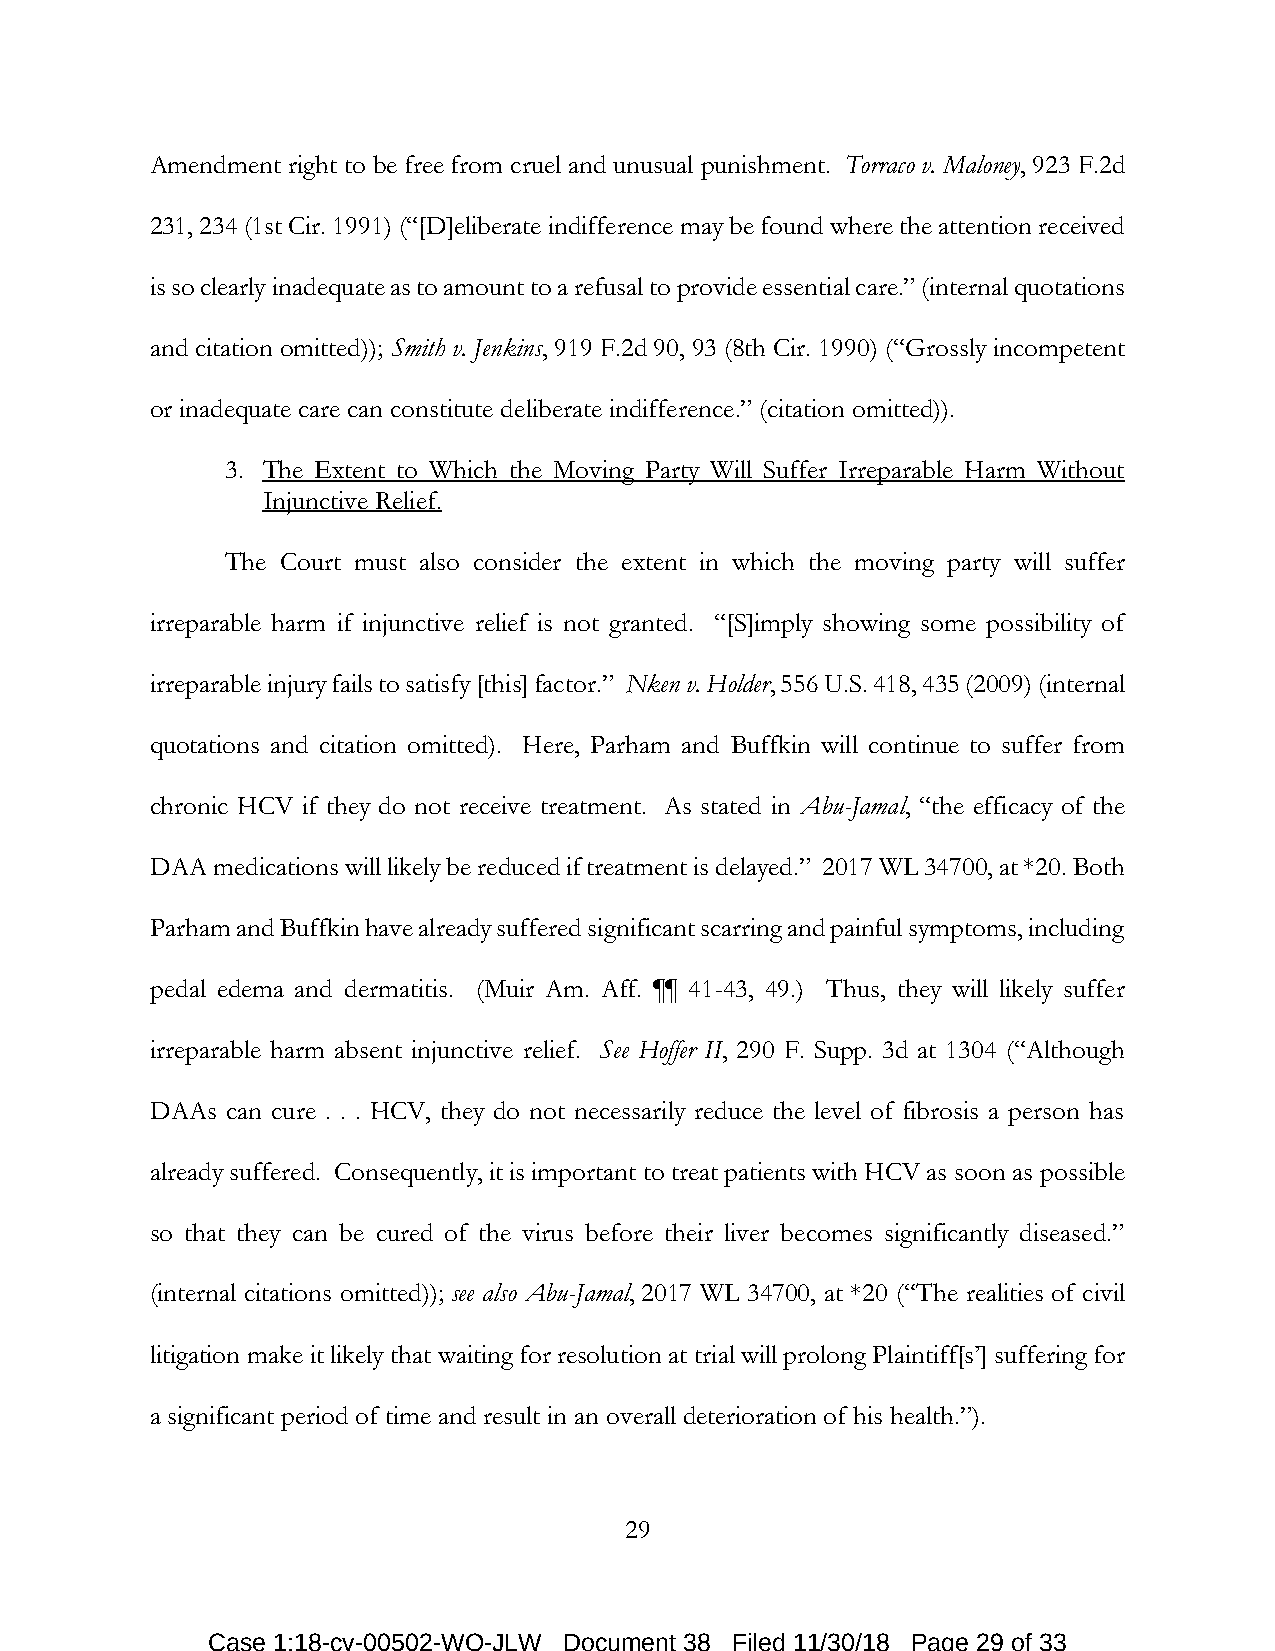
Amendment right to be free from cruel and unusual punishment. Torraco v. Maloney, 923 F.2d
 231, 234 (1st Cir. 1991) (“[D]eliberate indifference may be found where the attention received
 is so clearly inadequate as to amount to a refusal to provide essential care.” (internal quotations
 and citation omitted)); Smith v. Jenkins, 919 F.2d 90, 93 (8th Cir. 1990) (“Grossly incompetent
 or inadequate care can constitute deliberate indifference.” (citation omitted)).
 3. The Extent to Which the Moving Party Will Suffer Irreparable Harm Without
 Injunctive Relief.
 The Court must also consider the extent in which the moving party will suffer
 irreparable harm if injunctive relief is not granted. “[S]imply showing some possibility of
 irreparable injury fails to satisfy [this] factor.” Nken v. Holder, 556 U.S. 418, 435 (2009) (internal
 quotations and citation omitted). Here, Parham and Buffkin will continue to suffer from
 chronic HCV if they do not receive treatment. As stated in Abu-Jamal, “the efficacy of the
 DAA medications will likely be reduced if treatment is delayed.” 2017 WL 34700, at *20. Both
 Parham and Buffkin have already suffered significant scarring and painful symptoms, including
 pedal edema and dermatitis. (Muir Am. Aff. ¶¶ 41-43, 49.) Thus, they will likely suffer
 irreparable harm absent injunctive relief. See Hoffer II, 290 F. Supp. 3d at 1304 (“Although
 DAAs can cure . . . HCV, they do not necessarily reduce the level of fibrosis a person has
 already suffered. Consequently, it is important to treat patients with HCV as soon as possible
 so that they can be cured of the virus before their liver becomes significantly diseased.”
 (internal citations omitted)); see also Abu-Jamal, 2017 WL 34700, at *20 (“The realities of civil
 litigation make it likely that waiting for resolution at trial will prolong Plaintiff[s’] suffering for
 a significant period of time and result in an overall deterioration of his health.”).
 29
 Case 1:18-cv-00502-WO-JLW Document 38 Filed 11/30/18 Page 29 of 33